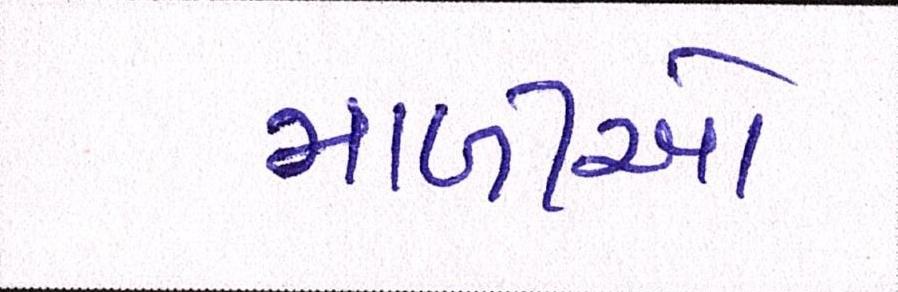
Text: માળીઓ